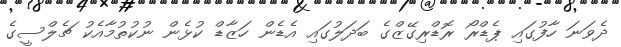
ދެވަނަ ހާފުގައި ޕެޑްރޯ ރޮޑްރިގޭޒްގެ ބަދަލުގައި އެޑެން ހަޒާޑް ކުޅެން ނުކުތުމާއެކު ޗެލްސީގެ